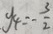
y _ { 4 } = - \frac { 3 } { 2 }